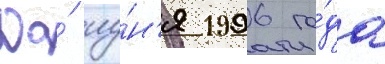
До́ иу́н'я 1996 го́да